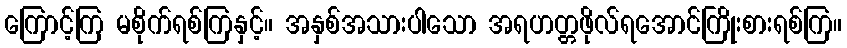
ကြောင့်ကြ မစိုက်ရစ်ကြနှင့်။ အနှစ်အသားပါသော အရဟတ္တဖိုလ်ရအောင်ကြိုးစားရစ်ကြ။